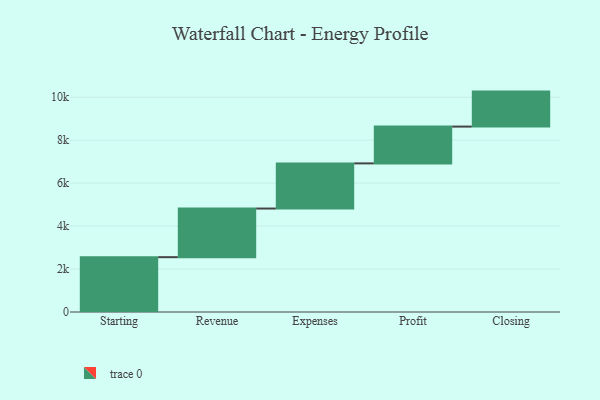
{"axis": {"x": "Step", "y": "Value"}, "legend": [""], "data": [{"x": "Starting", "y": 2553.0, "type": ""}, {"x": "Revenue", "y": 2264.0, "type": ""}, {"x": "Expenses", "y": 2103.0, "type": ""}, {"x": "Profit", "y": 1713.0, "type": ""}, {"x": "Closing", "y": 1629.0, "type": ""}]}